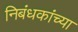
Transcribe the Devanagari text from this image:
निबंधकांच्या